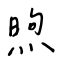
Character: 煦